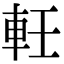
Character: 軠